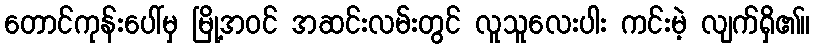
တောင်ကုန်းပေါ်မှ မြို့အဝင် အဆင်းလမ်းတွင် လူသူလေးပါး ကင်းမဲ့ လျက်ရှိ၏။